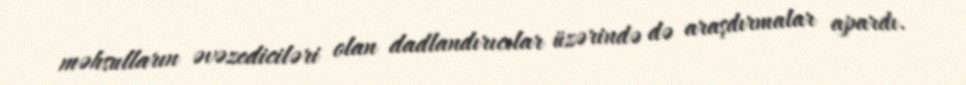
məhsulların əvəzediciləri olan dadlandırıcılar üzərində də araşdırmalar apardı.